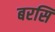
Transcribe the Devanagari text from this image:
बरसि